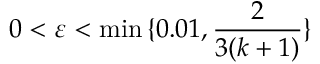
0 < \varepsilon < \operatorname* { m i n } { \{ 0 . 0 1 , { \frac { 2 } { 3 ( k + 1 ) } } \} }